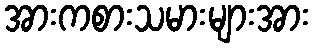
အားကစားသမားများအား